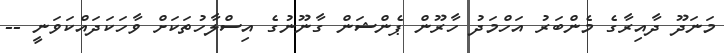
މަނަދޫ ދާއިރާގެ މެންބަރު އަހްމަދު ހާރޫން ޕެންޝަން ގާނޫނުގެ އިސްލާހުތަކަށް ވާހަކަދައްކަވަނީ --